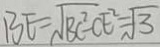
B E = \sqrt { B C ^ { 2 } } - C E ^ { 2 } + \sqrt { 3 }